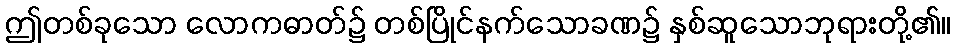
ဤတစ်ခုသော လောကဓာတ်၌ တစ်ပြိုင်နက်သောခဏ၌ နှစ်ဆူသောဘုရားတို့၏။